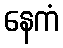
နေကံ